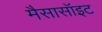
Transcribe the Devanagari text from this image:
मैसासॉइट